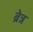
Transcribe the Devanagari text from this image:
ब्रेन्न